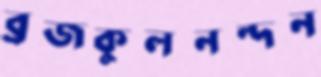
ব্রজকুলনন্দন